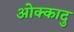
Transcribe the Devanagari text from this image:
ओक्कादु